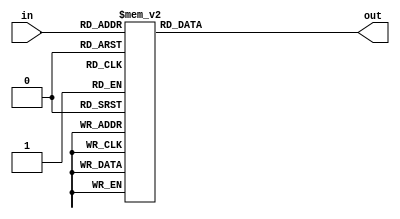
//************************DECODIFICADOR****************************************
module Dec_7Segmentos(input [3:0] in, output reg [6:0] out);
  
  always @ (*)
    begin
      case (in)
      4'h0: out = 7'b0000001;  
      4'h1: out = 7'b1001111; 
      4'h2: out = 7'b0010010;  
      4'h3: out = 7'b0000110; 
      4'h4: out = 7'b1001100;  
      4'h5: out = 7'b0100100; 
      4'h6: out = 7'b0100000;  
      4'h7: out = 7'b0001111;  
      4'h8: out = 7'b0000000;  
      4'h9: out = 7'b0000100;   
      4'hA: out = 7'b0001000;  
      4'hB: out = 7'b1100000; 
      4'hC: out = 7'b0110001;  
      4'hD: out = 7'b1000010;  
      4'hE: out = 7'b0110000;   
      4'hF: out = 7'b0111000; 
      default: out = 7'b0000000; 
        
      endcase
    end
endmodule